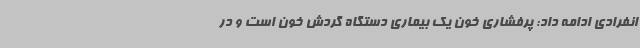
انفرادی ادامه داد: پرفشاری خون یک بیماری دستگاه گردش خون است و در